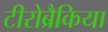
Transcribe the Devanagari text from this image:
टीरोब्रैकिया